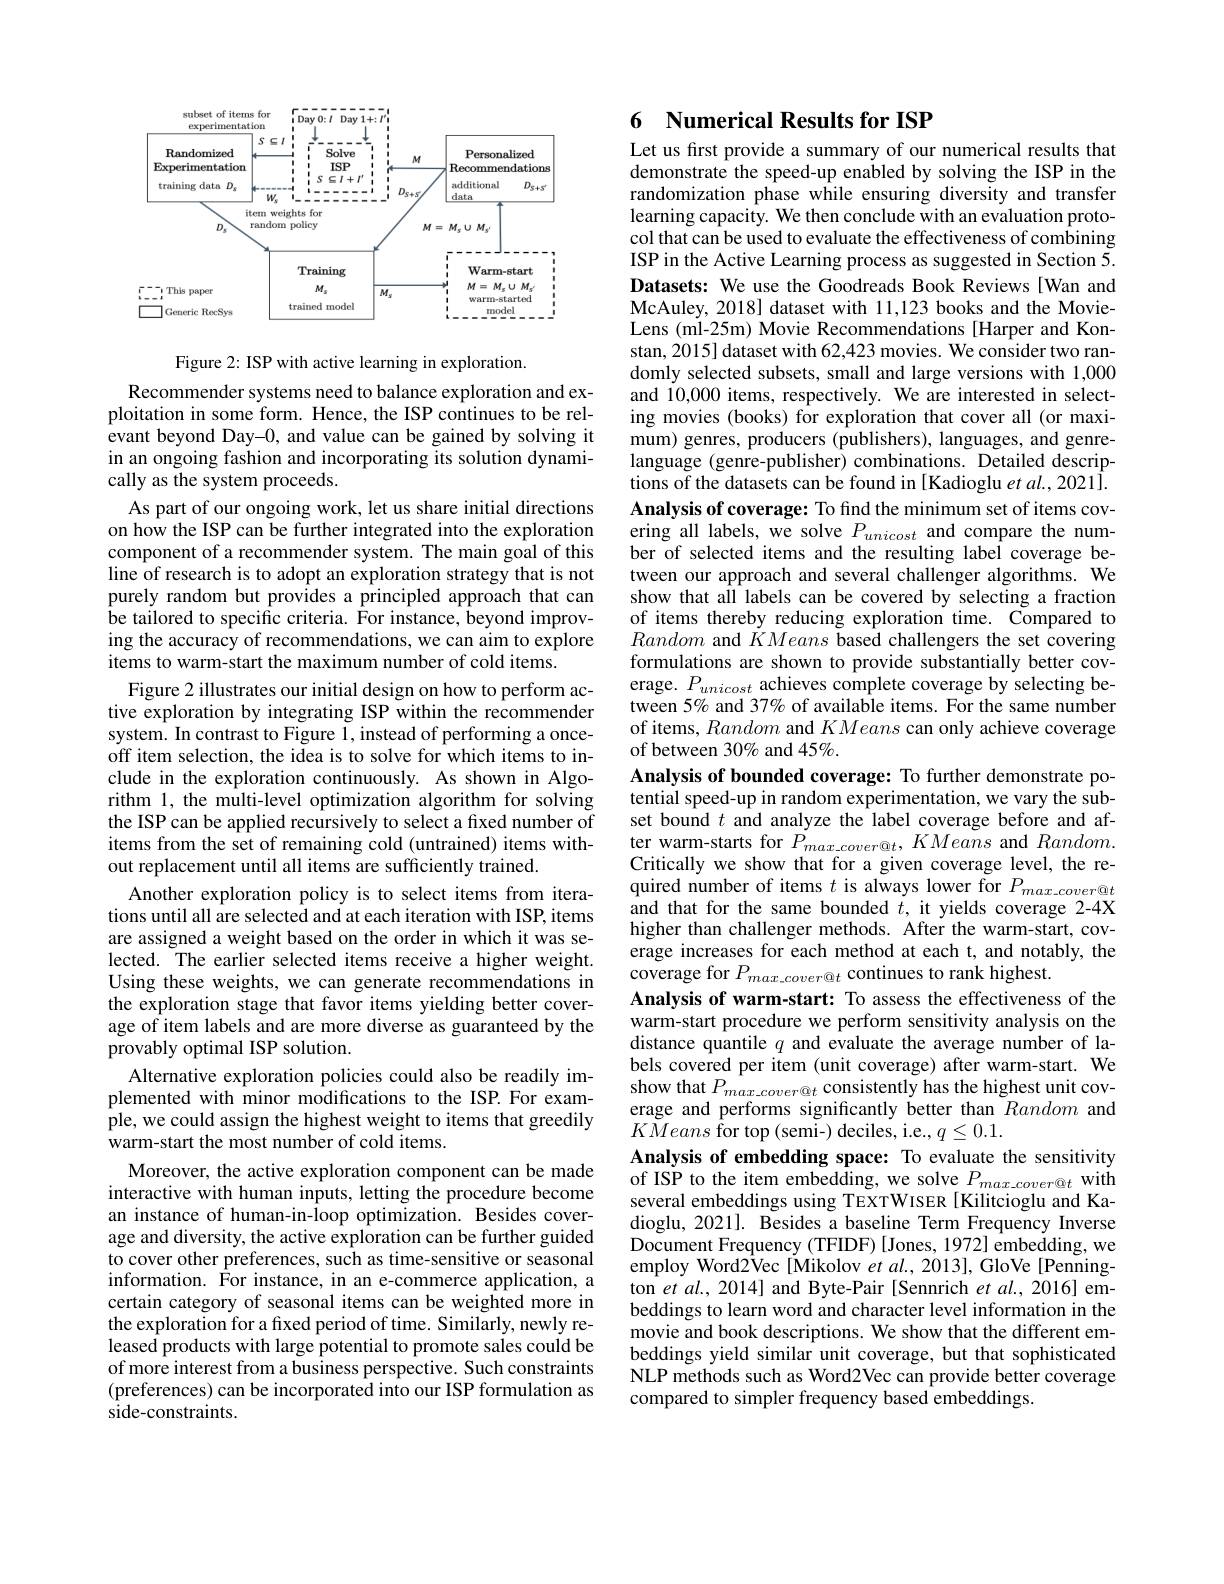
<FigureHere>

Figure 2: ISP with active learning in exploration.
Recommender systems need to balance exploration and exploitation in some form. Hence, the ISP continues to be relevant beyond Day-0, and value can be gained by solving it in an ongoing fashion and incorporating its solution dynamically as the system proceeds.
As part of our ongoing work, let us share initial directions on how the ISP can be further integrated into the exploration component of a recommender system. The main goal of this line of research is to adopt an exploration strategy that is not purely random but provides a principled approach that can be tailored to specific criteria. For instance, beyond improving the accuracy of recommendations, we can aim to explore items to warm-start the maximum number of cold items.
Figure 2 illustrates our initial design on how to perform active exploration by integrating ISP within the recommender system. In contrast to Figure 1, instead of performing a onceoff item selection, the idea is to solve for which items to include in the exploration continuously. As shown in Algorithm 1, the multi-level optimization algorithm for solving the ISP can be applied recursively to select a fixed number of items from the set of remaining cold (untrained) items without replacement until all items are sufficiently trained.
Another exploration policy is to select items from iterations until all are selected and at each iteration with ISP, items are assigned a weight based on the order in which it was selected. The earlier selected items receive a higher weight. Using these weights, we can generate recommendations in the exploration stage that favor items yielding better coverage of item labels and are more diverse as guaranteed by the provably optimal ISP solution.
Alternative exploration policies could also be readily implemented with minor modifications to the ISP.For example, we could assign the highest weight to items that greedily warm-start the most number of cold items.
Moreover, the active exploration component can be made interactive with human inputs, letting the procedure become an instance of human-in-loop optimization. Besides coverage and diversity, the active exploration can be further guided to cover other preferences, such as time-sensitive or seasonal information. For instance, in an e-commerce application, a certain category of seasonal items can be weighted more in the exploration for a fixed period of time. Similarly, newly released products with large potential to promote sales could be of more interest from a business perspective. Such constraints (preferences) can be incorporated into our ISP formulation as side-constraints.

## 6 Numerical Results for ISP

Let us first provide a summary of our numerical results that demonstrate the speed-up enabled by solving the ISP in the randomization phase while ensuring diversity and transfer learning capacity. We then conclude with an evaluation protocol that can be used to evaluate the effectiveness of combining ISP in the Active Learning process as suggested in Section 5. Datasets: We use the Goodreads Book Reviews [Wan and McAuley, 2018] dataset with 11,123 books and the MovieLens (ml-25m) Movie Recommendations [Harper and Konstan, 2015] dataset with 62,423 movies. We consider two randomly selected subsets, small and large versions with 1,000 and 10,000 items, respectively. We are interested in selecting movies (books) for exploration that cover all (or maximum) genres, producers (publishers), languages, and genrelanguage (genre-publisher) combinations. Detailed descriptions of the datasets can be found in [Kadioglu et al., 2021]. Analysis of coverage: To find the minimum set of items covering all labels, we solve $P_{unicost}$ and compare the number of selected items and the resulting label coverage between our approach and several challenger algorithms. We show that all labels can be covered by selecting a fraction of items thereby reducing exploration time. Compared to Random and $\dot{K} Means$ based challengers the set covering formulations are shown to provide substantially better coverage. $P_{unicost}$ achieves complete coverage by selecting between $5\%$ and 37% of available items. For the same number of items, Random and KMeans can only achieve coverage of between 30% and 45%.
Analysis of bounded coverage: To further demonstrate potential speed-up in random experimentation, we vary the subset bound $t$ and analyze the label coverage before and after warm-starts for $P_{max\_cover@t},KMeans$ and $Random.$ Critically we show that for a given coverage level, the required number of items $t$ is always lower for $P_{max\_cover@t}$ and that for the same bounded $t$, it yields coverage 2-4X higher than challenger methods. After the warm-start, coverage increases for each method at each t, and notably, the coverage for $P_{max\_cover@t}$ continues to rank highest.
Analysis of warm-start: To assess the effectiveness of the warm-start procedure we perform sensitivity analysis on the distance quantile $q$ and evaluate the average number of labels covered per item (unit coverage) after warm-start. We show that $P_{max\_cover@t}$ consistently has the highest unit coverage and performs significantly better than Random and $K\breve{M}eans\stackrel{\mathrm{i}}{\text{for top(semi-) deciles, i.e., }}q\leq0.1.$
Analysis of embedding space: To evaluate the sensitivity of ISP to the item embedding, we solve $P_{max\_cover@t}$ with several embeddings using TEXTWISER [Kilitcioglu and Kadioglu, 2021]. Besides a baseline Term Frequency Inverse Document Frequency (TFIDF) [Jones, 1972] embedding, we employ Word2$\hat{\mathrm{Vec~[Mikolov~et~al.,~2013],~GloVe~[Penning-}}$ ton et al., 2014] and Byte-Pair [Sennrich et al., 2016] embeddings to learn word and character level information in the movie and book descriptions. We show that the different embeddings yield similar unit coverage, but that sophisticated NLP methods such as Word2Vec can provide better coverage compared to simpler frequency based embeddings.